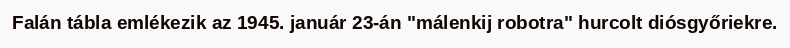
Falán tábla emlékezik az 1945. január 23-án "málenkij robotra" hurcolt diósgyőriekre.